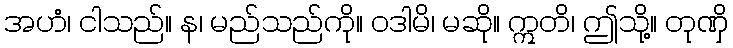
အဟံ၊ ငါသည်။ န၊ မည်သည်ကို။ ဝဒါမိ၊ မဆို။ ဣတိ၊ ဤသို့။ တုဏှိ